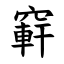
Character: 䆭